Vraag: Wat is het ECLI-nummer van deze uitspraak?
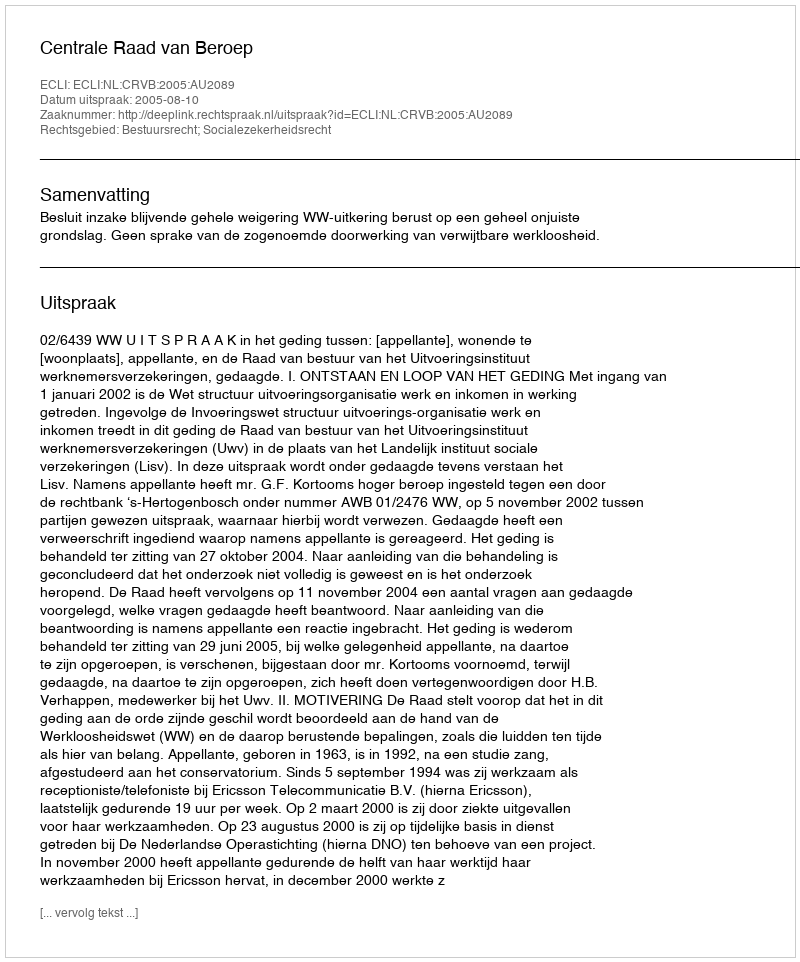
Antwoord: ECLI:NL:CRVB:2005:AU2089